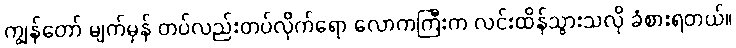
ကျွန်တော် မျက်မှန် တပ်လည်းတပ်လိုက်ရော လောကကြီးက လင်းထိန်သွားသလို ခံစားရတယ်။